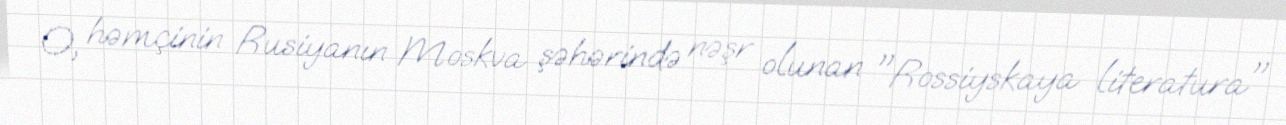
O, həmçinin Rusiyanın Moskva şəhərində nəşr olunan "Rossiyskaya literatura"